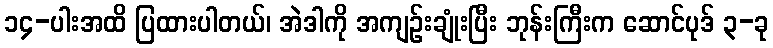
၁၄-ပါးအထိ ပြထားပါတယ်၊ အဲဒါကို အကျဉ်းချုံးပြီး ဘုန်းကြီးက ဆောင်ပုဒ် ၃-ခု